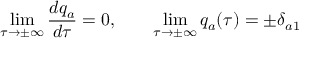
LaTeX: \operatorname * { l i m } _ { \tau \to \pm \infty } \frac { d q _ { a } } { d \tau } = 0 , \qquad \operatorname * { l i m } _ { \tau \to \pm \infty } q _ { a } ( \tau ) = \pm \delta _ { a 1 }